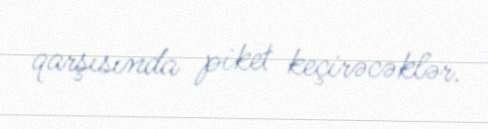
qarşısında piket keçirəcəklər.